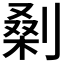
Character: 𭄅